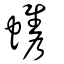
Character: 蠵